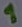
Text: 1